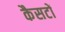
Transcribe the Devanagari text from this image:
कैसटों